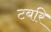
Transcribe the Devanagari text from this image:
टबरि